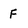
Character: F